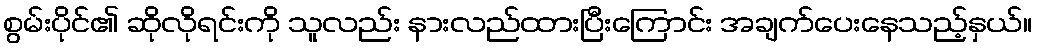
စွမ်းပိုင်၏ ဆိုလိုရင်းကို သူလည်း နားလည်ထားပြီးကြောင်း အချက်ပေးနေသည့်နှယ်။